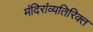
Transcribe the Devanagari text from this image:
मंदिरांव्यतिरिक्त